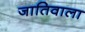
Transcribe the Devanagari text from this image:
जातिवाला